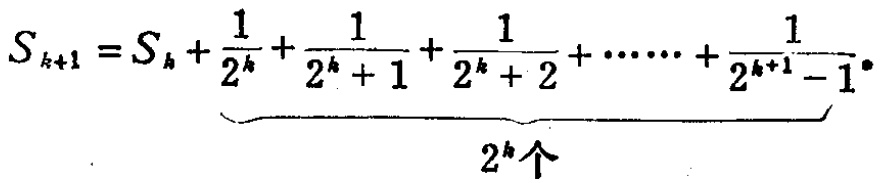
\[
S_{k + 1} = S_{k}+\underbrace{\frac{1}{2^{k}}+\frac{1}{2^{k}+1}+\frac{1}{2^{k}+2}+\cdots\cdots+\frac{1}{2^{k + 1}-1}}_{2^{k}\text{个}}
\]